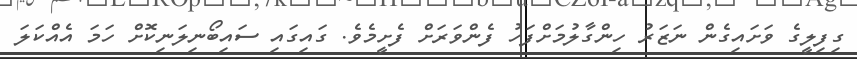
ގިފިލީގެ ވަށައިގެން ނަޒަރު ހިންގާލުމަށްފަހު ފެންވަރަށް ފެށީމެވެ. ގައިގައި ސައިބޯނިލަނިކޮށް ހަމަ އެއްކަލަ